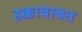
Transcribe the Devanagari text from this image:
हक्काबाबत